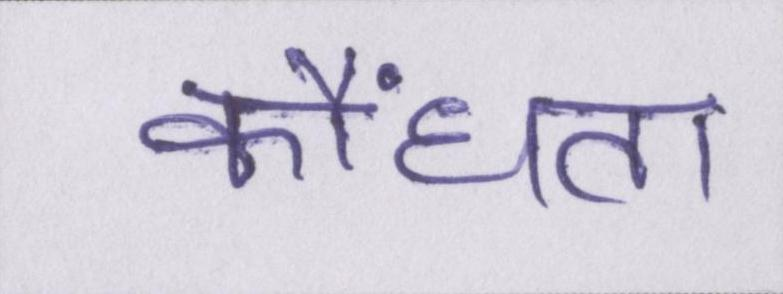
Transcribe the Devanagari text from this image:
कौंधता